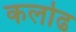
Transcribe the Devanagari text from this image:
कलोढ